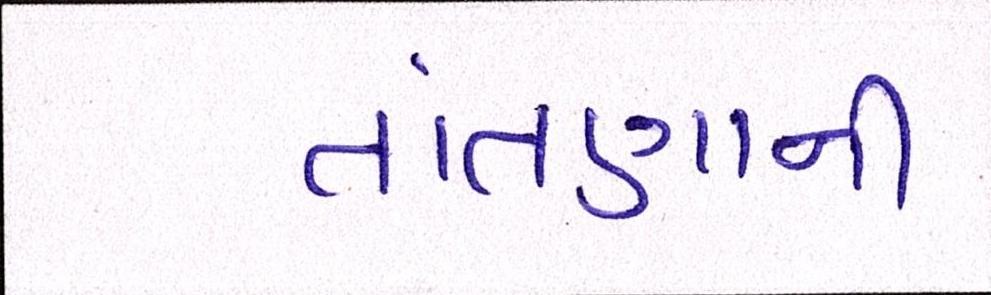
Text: તાંતણાની